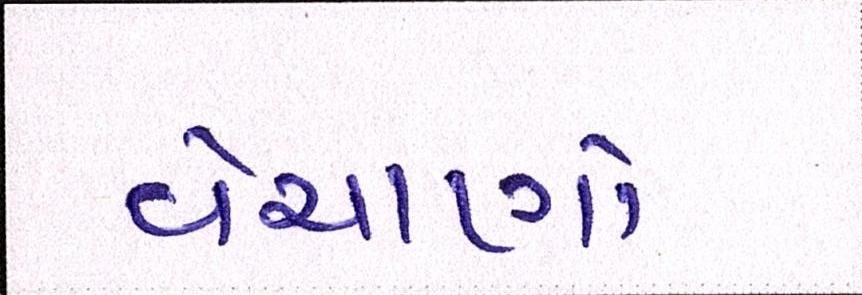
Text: વેચાણો